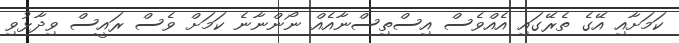
ކަމަށާއި އޭގެ ތެރޭގައި އެއްވެސް އިސްތިސްނާއެއް ނޯންނާނެ ކަމަށް ވެސް ރައީސް ވިދާޅުވި